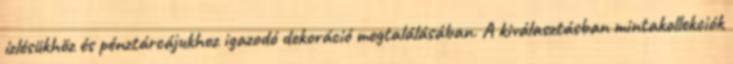
ízlésükhöz és pénztárcájukhoz igazodó dekoráció megtalálásában. A kiválasztásban mintakollekciók